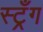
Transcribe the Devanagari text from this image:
स्ट्रँग